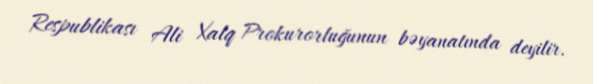
Respublikası Ali Xalq Prokurorluğunun bəyanatında deyilir.